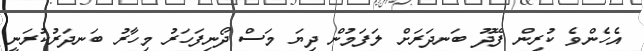
އެހެންވެ ކުރިން ފޭދޫ ބަނދަރަށް ލަފަމުން ދިޔަ މަސް ދޯނިފަހަރު މިހާރު ބަނދަރުކުރަނީ